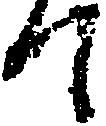
て